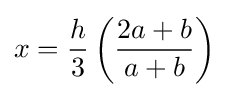
x={\frac {h}{3}}\left({\frac {2a+b}{a+b}}\right)